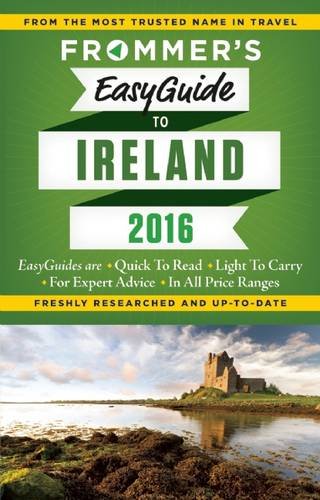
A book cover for Frommer's EasyGuide to Ireland 2016 (Easy Guides); Jack Jewers; Travel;